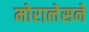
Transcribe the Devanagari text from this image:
मोरालेसने